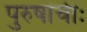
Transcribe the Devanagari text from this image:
पुरुषांचीः